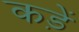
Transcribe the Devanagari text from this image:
कड़ें